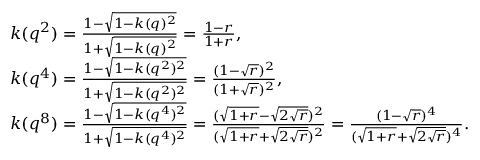
\begin{array} { r l } & { k ( q ^ { 2 } ) = \frac { 1 - \sqrt { 1 - k ( q ) ^ { 2 } } } { 1 + \sqrt { 1 - k ( q ) ^ { 2 } } } = \frac { 1 - r } { 1 + r } , } \\ & { k ( q ^ { 4 } ) = \frac { 1 - \sqrt { 1 - k ( q ^ { 2 } ) ^ { 2 } } } { 1 + \sqrt { 1 - k ( q ^ { 2 } ) ^ { 2 } } } = \frac { ( 1 - \sqrt { r } ) ^ { 2 } } { ( 1 + \sqrt { r } ) ^ { 2 } } , } \\ & { k ( q ^ { 8 } ) = \frac { 1 - \sqrt { 1 - k ( q ^ { 4 } ) ^ { 2 } } } { 1 + \sqrt { 1 - k ( q ^ { 4 } ) ^ { 2 } } } = \frac { ( \sqrt { 1 + r } - \sqrt { 2 \sqrt { r } } ) ^ { 2 } } { ( \sqrt { 1 + r } + \sqrt { 2 \sqrt { r } } ) ^ { 2 } } = \frac { ( 1 - \sqrt { r } ) ^ { 4 } } { ( \sqrt { 1 + r } + \sqrt { 2 \sqrt { r } } ) ^ { 4 } } . } \end{array}